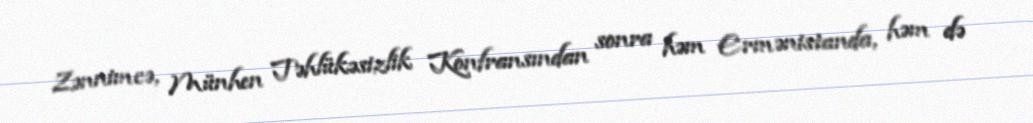
Zənnimcə, Münhen Təhlükəsizlik Konfransından sonra həm Ermənistanda, həm də